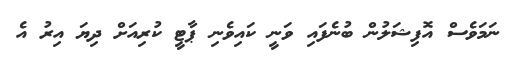
ނަމަވެސް އޮފިޝަލުން ބުނެފައި ވަނީ ކައިވެނިި ޕާޓީ ކުރިއަށް ދިޔަ އިރު އެ